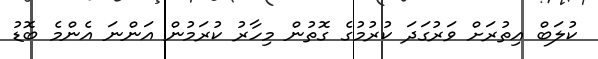
ކުލަބް އިތުރަށް ވަރުގަދަ ކުރުމުގެ ގޮތުން މިހާރު ކުރަމުން އަންނަ އެންމެ ބޮޑު